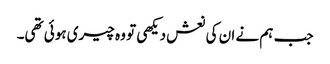
جب ہم نے ان کی نعش دیکھی تو وہ چیری ہوئی تھی۔